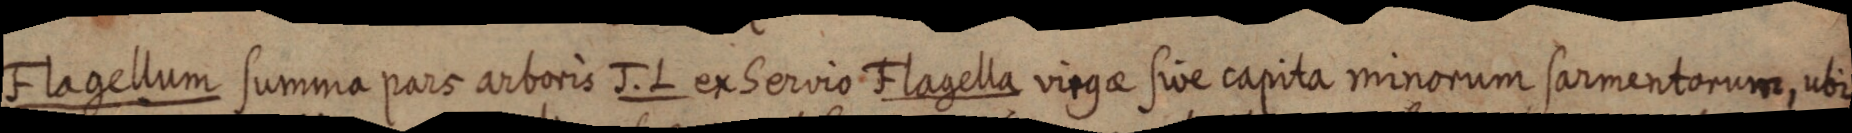
Flagellum summa pars arboris J. L ex Servio Flagella virgae sive capita minorum sarmentorum, ubi